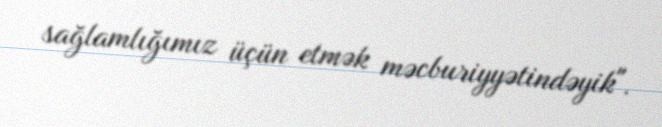
sağlamlığımız üçün etmək məcburiyyətindəyik".